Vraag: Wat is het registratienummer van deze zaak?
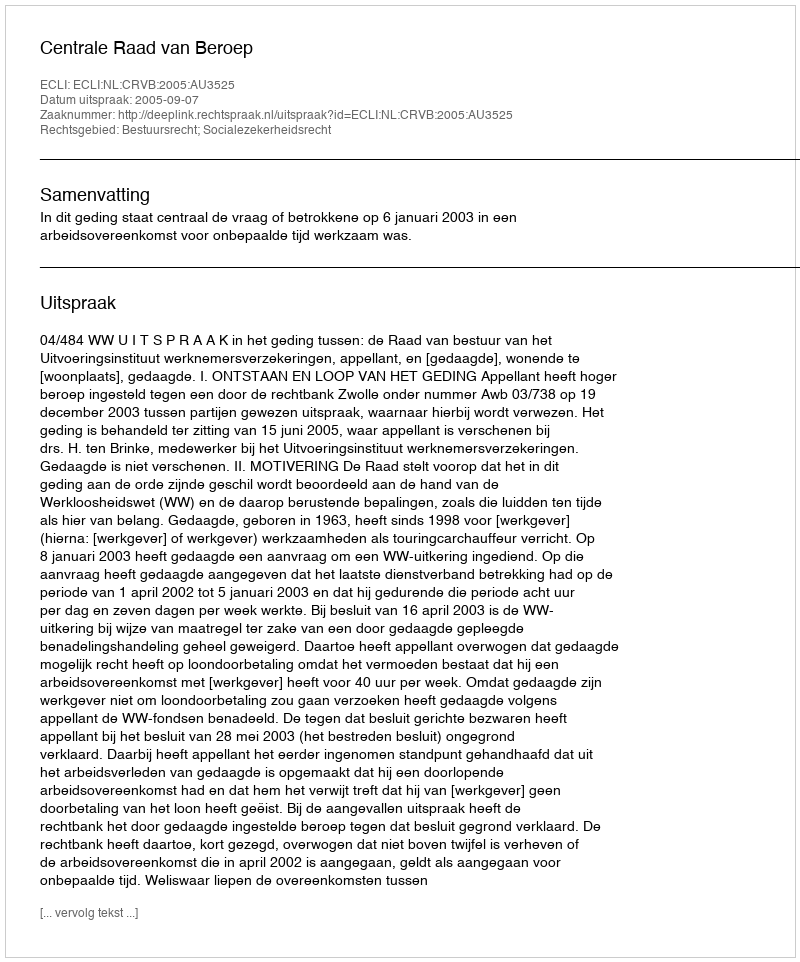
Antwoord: http://deeplink.rechtspraak.nl/uitspraak?id=ECLI:NL:CRVB:2005:AU3525